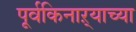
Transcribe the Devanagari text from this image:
पूर्वकिनाऱ्याच्या